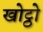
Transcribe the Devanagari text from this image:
खोट्ठो